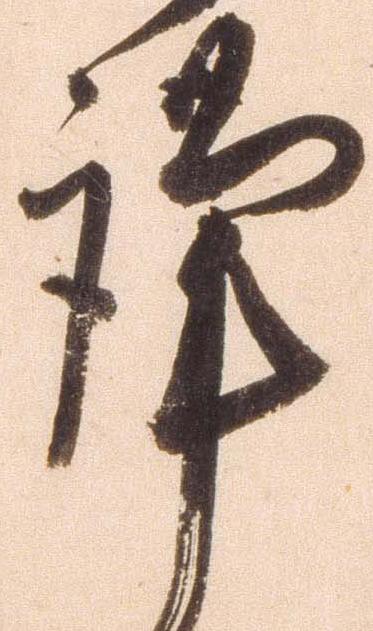
謹